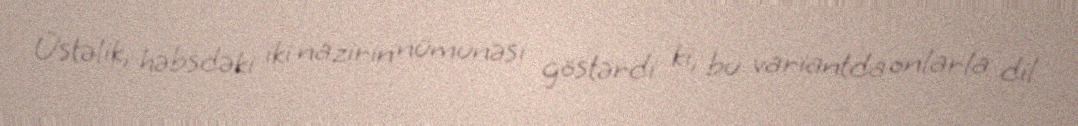
Üstəlik, həbsdəki iki nazirin nümunəsi göstərdi ki, bu variantda onlarla dil